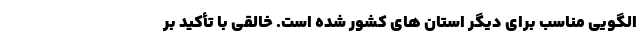
الگویی مناسب برای دیگر استان های کشور شده است. خالقی با تأکید بر